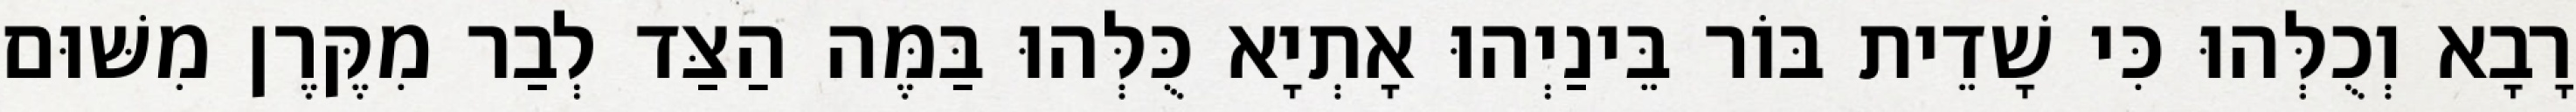
רָבָא וְכֻלְּהוּ כִּי שָׁדֵית בּוֹר בֵּינַיְהוּ אָתְיָא כֻּלְּהוּ בַּמֶּה הַצַּד לְבַר מִקֶּרֶן מִשּׁוּם